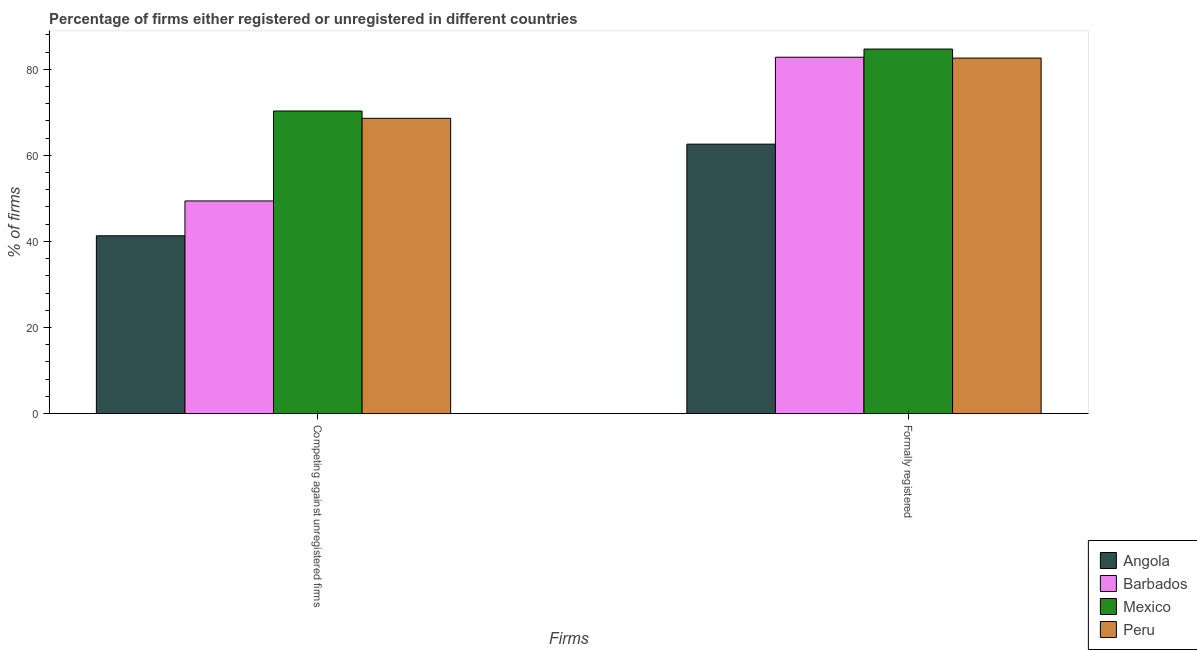
| Firms | Angola | Barbados | Mexico | Peru |
 | --- | --- | --- | --- | --- |
 | Competing against unregistered firms | 41.3 | 49.4 | 70.3 | 68.6 |
 | Formally registered | 62.6 | 82.8 | 84.7 | 82.6 |